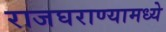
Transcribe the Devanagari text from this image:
राजघराण्यामध्ये